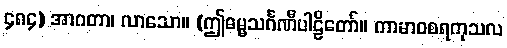
၄၈၄) အာဂတာ၊ လာသော။ (ဤဓမ္မသင်္ဂဏီပါဠိတော်။ ကာမာဝစရကုသလ